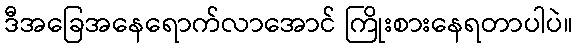
ဒီအခြေအနေရောက်လာအောင် ကြိုးစားနေရတာပါပဲ။